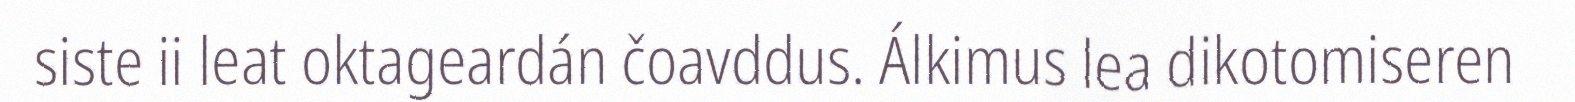
siste ii leat oktageardán čoavddus. Álkimus lea dikotomiseren